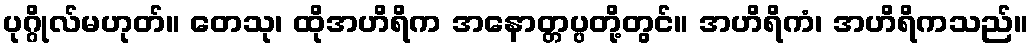
ပုဂ္ဂိုလ်မဟုတ်။ တေသု၊ ထိုအဟိရိက အနောတ္တပ္ပတို့တွင်။ အဟိရိကံ၊ အဟိရိကသည်။